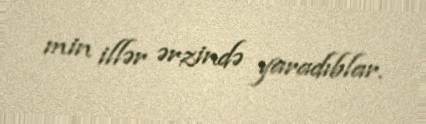
min illər ərzində yaradıblar.